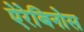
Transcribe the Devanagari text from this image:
ऐरेबिनोस